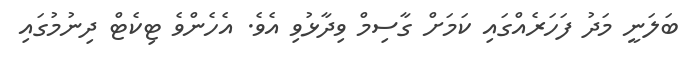
ބަލަނީ މަދު ފަހަރެއްގައި ކަމަށް ގާސިމް ވިދާޅުވި އެވެ. އެހެންވެ ޓިކެޓް ދިނުމުގައި